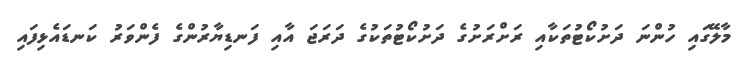
މާލޭގައި ހުންނަ ދަށުކޯޓުތަކާއި ރަށްރަށުގެ ދަށުކޯޓުތަކުގެ ދަރަޖަ އާއި ފަނޑިޔާރުންގެ ފެންވަރު ކަނޑައެޅިފައި